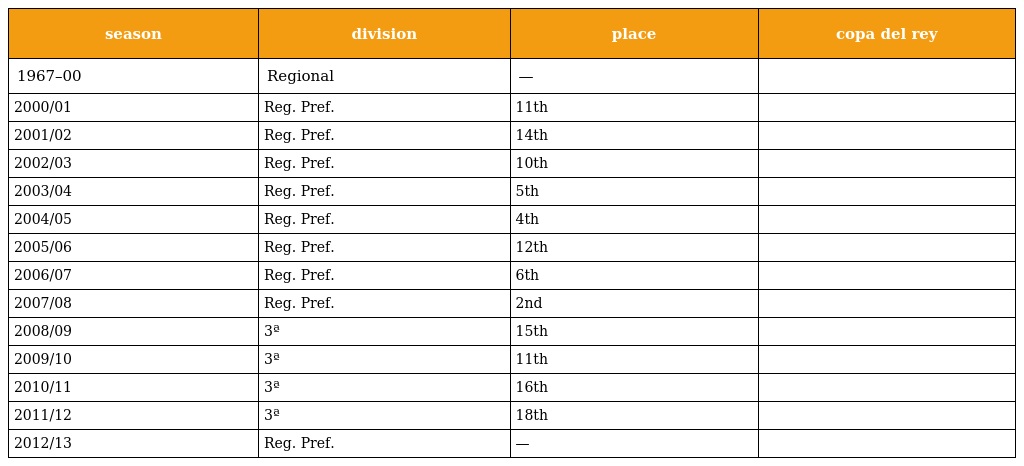
| season | division | place | copa del rey |
 | --- | --- | --- | --- |
 | 1967–00 | Regional | — |  |
 | 2000/01 | Reg. Pref. | 11th |  |
 | 2001/02 | Reg. Pref. | 14th |  |
 | 2002/03 | Reg. Pref. | 10th |  |
 | 2003/04 | Reg. Pref. | 5th |  |
 | 2004/05 | Reg. Pref. | 4th |  |
 | 2005/06 | Reg. Pref. | 12th |  |
 | 2006/07 | Reg. Pref. | 6th |  |
 | 2007/08 | Reg. Pref. | 2nd |  |
 | 2008/09 | 3ª | 15th |  |
 | 2009/10 | 3ª | 11th |  |
 | 2010/11 | 3ª | 16th |  |
 | 2011/12 | 3ª | 18th |  |
 | 2012/13 | Reg. Pref. | — |  |